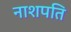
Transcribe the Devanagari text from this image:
नाशपति